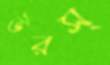
উরস্